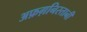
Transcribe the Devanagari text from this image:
अफ़ग़निस्तानी